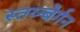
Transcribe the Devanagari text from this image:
स्तय्न्बेर्गन